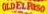

				OLDELPaSO